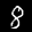
Label: 8